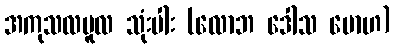
အကုသလမူလ သုံးပါး (လောဘ ဒေါသ မောဟ)